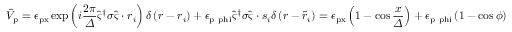
\hat { V } _ { \mathrm { p } } = \epsilon _ { \mathrm { p x } } \exp \left( i \frac { 2 \pi } { \varDelta } \hat { \varsigma } ^ { \dagger } \boldsymbol { \sigma } \hat { \varsigma } \cdot \boldsymbol { r } _ { i } \right) \delta \left( \boldsymbol { r } - \boldsymbol { r } _ { i } \right) + \epsilon _ { \mathrm { p \ p h i } } \hat { \varsigma } ^ { \dagger } \boldsymbol { \sigma } \hat { \varsigma } \cdot \boldsymbol { s } _ { i } \delta \left( \boldsymbol { r } - \tilde { \boldsymbol { r } } _ { i } \right) = \epsilon _ { \mathrm { p x } } \left( 1 - \cos \frac { x } { \varDelta } \right) + \epsilon _ { \mathrm { p \ p h i } } \left( 1 - \cos \phi \right)